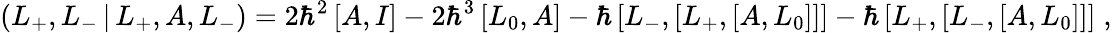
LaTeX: \left(L_{+},L_{-}\, |\, L_{+},A,L_{-}\right)=2\hbar^{2}\left[A,I\right]-2\hbar^{3}\left[L_{0},A\right]-\hbar\left[L_{-},\left[L_{+},\left[A,L_{0}\right]\right]\right]-\hbar\left[L_{+},\left[L_{-},\left[A,L_{0}\right]\right]\right]\; ,